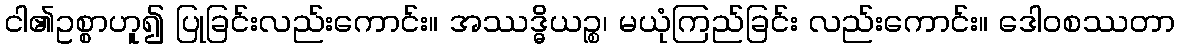
ငါ၏ဥစ္စာဟူ၍ ပြုခြင်းလည်းကောင်း။ အဿဒ္ဓိယဉ္စ၊ မယုံကြည်ခြင်း လည်းကောင်း။ ဒေါဝစဿတာ